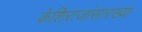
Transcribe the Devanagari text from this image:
केशिराजांसारख्या